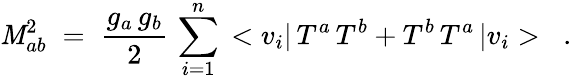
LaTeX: \mathit{M}_{ab}^{2}\; =\; \frac{{g_{a}\, g_{b}}}{{2}}\, \sum_{i=1}^{n}\, <v_{i}|\, T^{a}\, T^{b}+T^{b}\, T^{a}\, |v_{i}>\; \; \; .